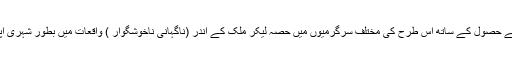
تاکہ سٹوڈنٹس تعلیم کے حصول کے ساتھ اس طرح کی مختلف سرگرمیوں میں حصہ لیکر ملک کے اندر (ناگہانی ناخوشگوار ) واقعات میں بطور شہری اپنا کردار ادا کرسکیں ۔